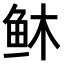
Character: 𫠏